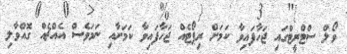
ވޯލް ސްޓްރީޓްގައި ޖަހާފައިވާ ކަމަށް ރިޕޯޓެއް ޖަހާފައިވާ ކަމަށާއި ނަމަވެސް އެއްޗެއް ގޮއްވާލި